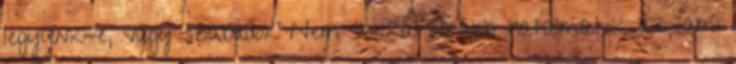
legyünk-e, vagy szabadok Nem Sokkal inkább hatalmatok az, ami